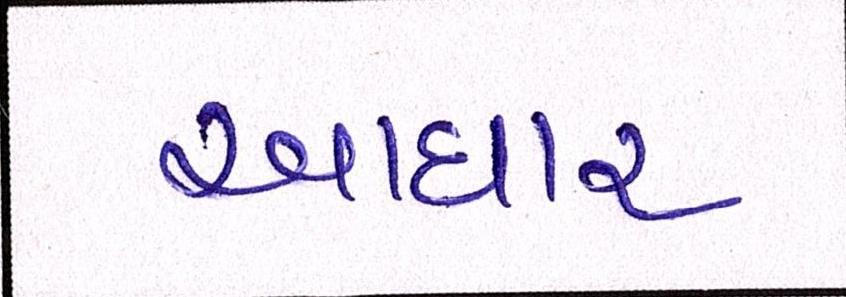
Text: આધાર